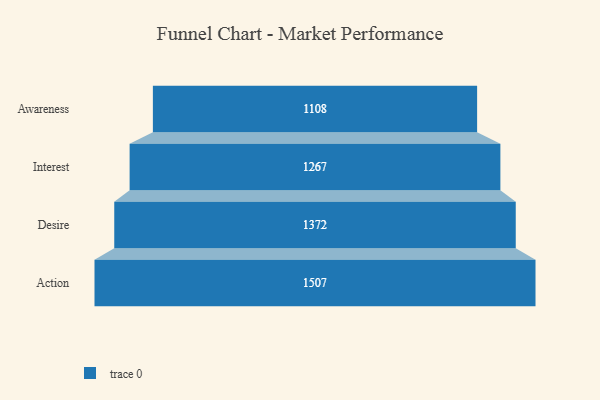
{"axis": {"x": "Stage", "y": "Value"}, "legend": [""], "data": [{"x": "Awareness", "y": 1108.0, "type": ""}, {"x": "Interest", "y": 1267.0, "type": ""}, {"x": "Desire", "y": 1372.0, "type": ""}, {"x": "Action", "y": 1507.0, "type": ""}]}